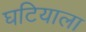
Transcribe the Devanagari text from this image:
घटियाला